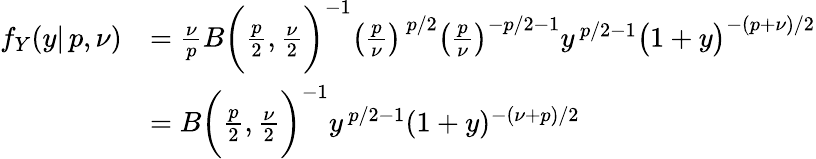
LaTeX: {\begin{array}{rl}{f_{Y}(y|\, p,\nu)}&{={\frac{\nu}{p}}B{\bigg(}{\frac{p}{2}},{\frac{\nu}{2}}{\bigg)}^{-1}{\big(}{\frac{p}{\nu}}{\big)}^{\, p/2}{\big(}{\frac{p}{\nu}}{\big)}^{-p/2-1}y^{\, p/2-1}{\big(}1+y{\big)}^{-(p+\nu)/2}}\\ &{=B{\bigg(}{\frac{p}{2}},{\frac{\nu}{2}}{\bigg)}^{-1}y^{\, p/2-1}(1+y)^{-(\nu+p)/2}}\end{array}}